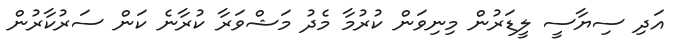
އަދި ސިޔާސީ ލީޑަރުން މިނިވަން ކުރުމާ މެދު މަޝްވަރާ ކުރާނެ ކަން ސަރުކާރުން